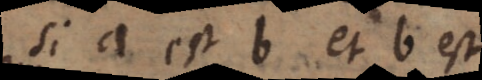
si a est b et b est